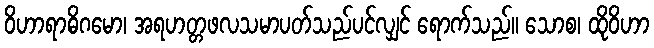
ဝိဟာရာဓိဂမော၊ အရဟတ္တဖလသမာပတ်သည်ပင်လျှင် ရောက်သည်။ သောစ၊ ထိုဝိဟာ